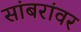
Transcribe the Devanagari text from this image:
सांबरांवर